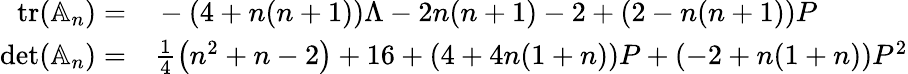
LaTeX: \begin{array}{rl}{\operatorname{tr}(\mathbb A_{n})=}&{{}-(4+n(n+1))\Lambda-2n(n+1)-2+(2-n(n+1))P}\\ {\operatorname*{det}(\mathbb A_{n})=}&{{}\frac{1}{4}\left(n^{2}+n-2\right)+16+(4+4n(1+n))P+(-2+n(1+n))P^{2}}\end{array}